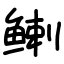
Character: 𬶟